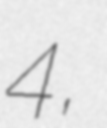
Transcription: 4,